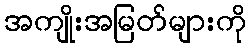
အကျိုးအမြတ်များကို